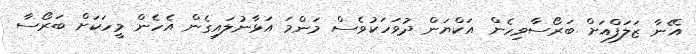
އޭނާ ޒަލަފްއަށް ބަރޯސާވިހެން އަކްޔަން ދުވަހަކުވެސް މަންމަ އަޅާނުލައިގެން އެހެން މީހަކަށް ބަރޯސާ